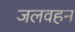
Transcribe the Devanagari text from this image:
जलवहन